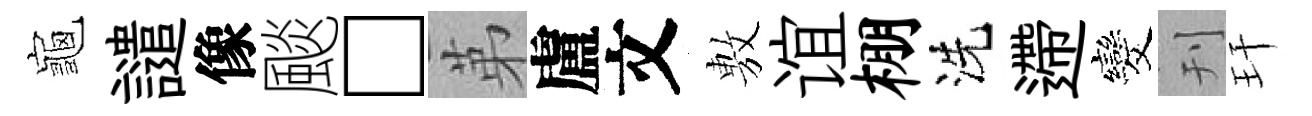
龜譴像颷□苐盧文𢾾谊棚洗遰发刊玕